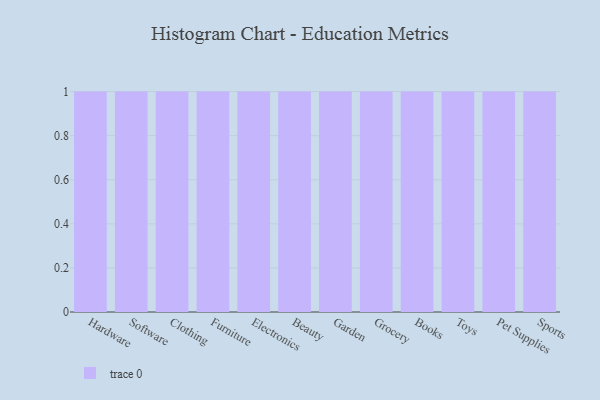
{"axis": {"x": "Category", "y": "Production Output"}, "legend": [""], "data": [{"x": "Hardware", "y": 99, "type": ""}, {"x": "Software", "y": 80, "type": ""}, {"x": "Clothing", "y": 62, "type": ""}, {"x": "Furniture", "y": 48, "type": ""}, {"x": "Electronics", "y": 18, "type": ""}, {"x": "Beauty", "y": 58, "type": ""}, {"x": "Garden", "y": 58, "type": ""}, {"x": "Grocery", "y": 13, "type": ""}, {"x": "Books", "y": 2, "type": ""}, {"x": "Toys", "y": 30, "type": ""}, {"x": "Pet Supplies", "y": 13, "type": ""}, {"x": "Sports", "y": 33, "type": ""}]}